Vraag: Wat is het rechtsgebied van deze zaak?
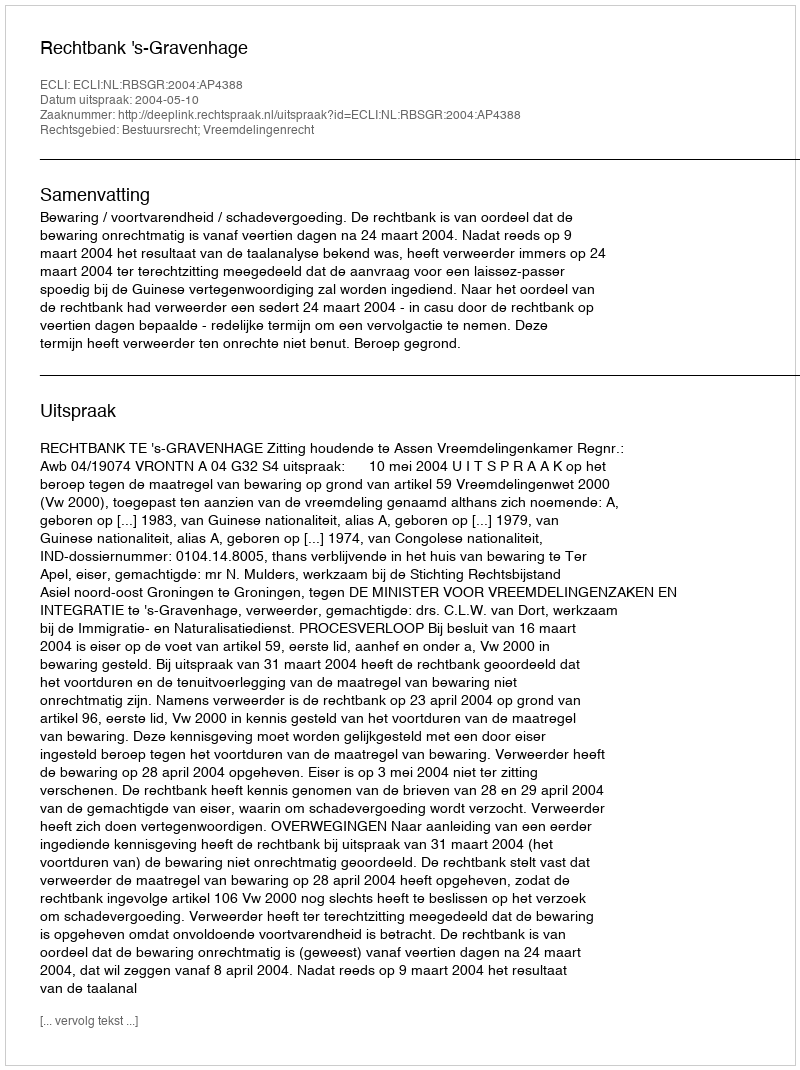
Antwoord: Bestuursrecht; Vreemdelingenrecht